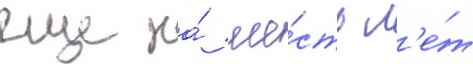
еще на́ ше́сть л'е́т